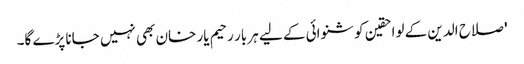
' صلاح الدین کے لواحقین کو شنوائی کے لیے ہر بار رحیم یار خان بھی نہیں جانا پڑے گا۔